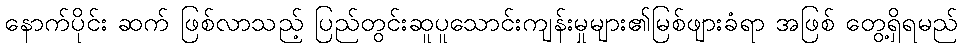
နောက်ပိုင်း ဆက် ဖြစ်လာသည့် ပြည်တွင်းဆူပူသောင်းကျန်းမှုများ၏မြစ်ဖျားခံရာ အဖြစ် တွေ့ရှိရမည်